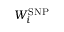
W _ { i } ^ { \mathrm { S N P } }